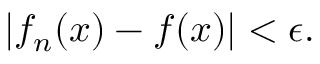
| f _ { n } ( x ) - f ( x ) | < \epsilon .